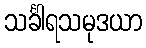
သင်္ခါရသမုဒယာ